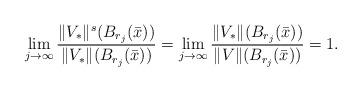
LaTeX: \begin{align*}\lim_{j\to \infty} \frac{\|V_*\|^s(B_{r_j}(\bar x))}{\|V_*\|(B_{ r_j}(\bar x))} =\lim_{j\to \infty} \frac{\|V_*\|(B_{r_j}(\bar x))}{\|V\|(B_{ r_j}(\bar x))} =1.\end{align*}